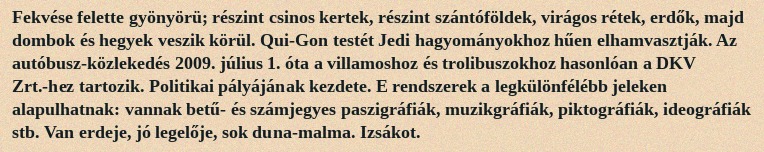
Fekvése felette gyönyörü; részint csinos kertek, részint szántóföldek, virágos rétek, erdők, majd dombok és hegyek veszik körül. Qui-Gon testét Jedi hagyományokhoz hűen elhamvasztják. Az autóbusz-közlekedés 2009. július 1. óta a villamoshoz és trolibuszokhoz hasonlóan a DKV Zrt.-hez tartozik. Politikai pályájának kezdete. E rendszerek a legkülönfélébb jeleken alapulhatnak: vannak betű- és számjegyes paszigráfiák, muzikgráfiák, piktográfiák, ideográfiák stb. Van erdeje, jó legelője, sok duna-malma. Izsákot.